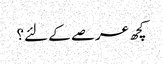
کچھ عرصے کے لئے؟